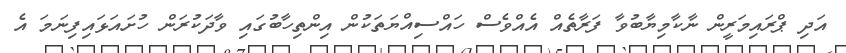
އަދި ޕްރައިމަރީން ނާކާމިޔާބުވާ ފަރާތެއް އެއްވެސް ހައްސިއްޔަތަކުން އިންތިހާބުގައި ވާދަކުރަން ހުށައަޅައިފިނަމަ އެ